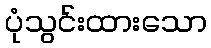
ပုံသွင်းထားသော